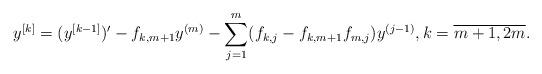
LaTeX: \begin{align*} y^{[k]} = (y^{[k-1]})' - f_{k,m+1} y^{(m)} - \sum_{j = 1}^m (f_{k,j} - f_{k,m+1} f_{m,j}) y^{(j-1)}, k = \overline{m+1, 2m}.\end{align*}